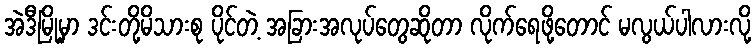
အဲဒီမြို့မှာ ဒင်းတို့မိသားစု ပိုင်တဲ့ အခြားအလုပ်တွေဆိုတာ လိုက်ရေဖို့တောင် မလွယ်ပါလားလို့